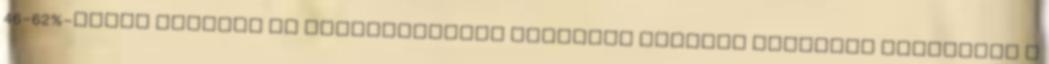
46-62%-uknál Gyakori az újszülöttkori sárgaság Nyelési nehezseg aspiracio a